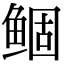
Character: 鲴